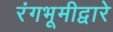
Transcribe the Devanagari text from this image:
रंगभूमीद्वारे